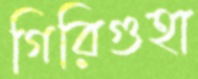
গিরিগুহা